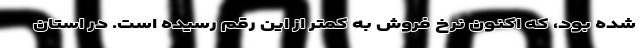
شده بود، که اکنون نرخ فروش به کمتر از این رقم رسیده است. در استان